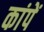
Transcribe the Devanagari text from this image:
कांपें